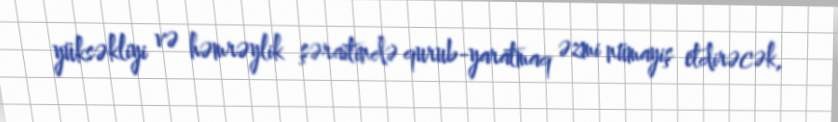
yüksəkliyi və həmrəylik şəraitində qurub-yaratmaq əzmi nümayiş etdirəcək,